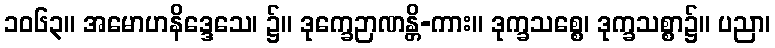
၁၀၆၃။ အမောဟနိဒ္ဒေသေ၊ ၌။ ဒုက္ခေဉာဏန္တိ-ကား။ ဒုက္ခသစ္စေ၊ ဒုက္ခသစ္စာ၌။ ပညာ၊